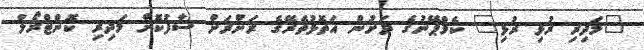
"މަދިރި ރުޅި ރުޅި" ކެމްޕޭނުގެ ދަށުން އަތޮޅުތެރޭގެ ރަށްރަށް ސާފުކޮށް މަދިރި ކޮންޓްރޯލް